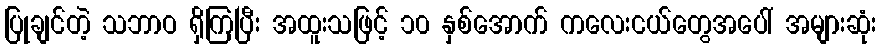
ပြုချင်တဲ့ သဘာဝ ရှိကြပြီး အထူးသဖြင့် ၁၀ နှစ်အောက် ကလေးငယ်တွေအပေါ် အများဆုံး